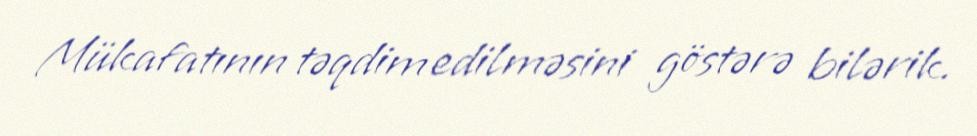
Mükafatının təqdim edilməsini göstərə bilərik.